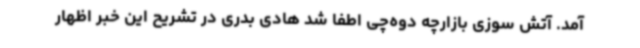
آمد. آتش سوزی بازارچه دوه‌چی اطفا شد هادی بدری در تشریح این خبر اظهار